Report of the Indian Hemp Drugs Commission, 1894-1895 - Volume I
Year: 1894
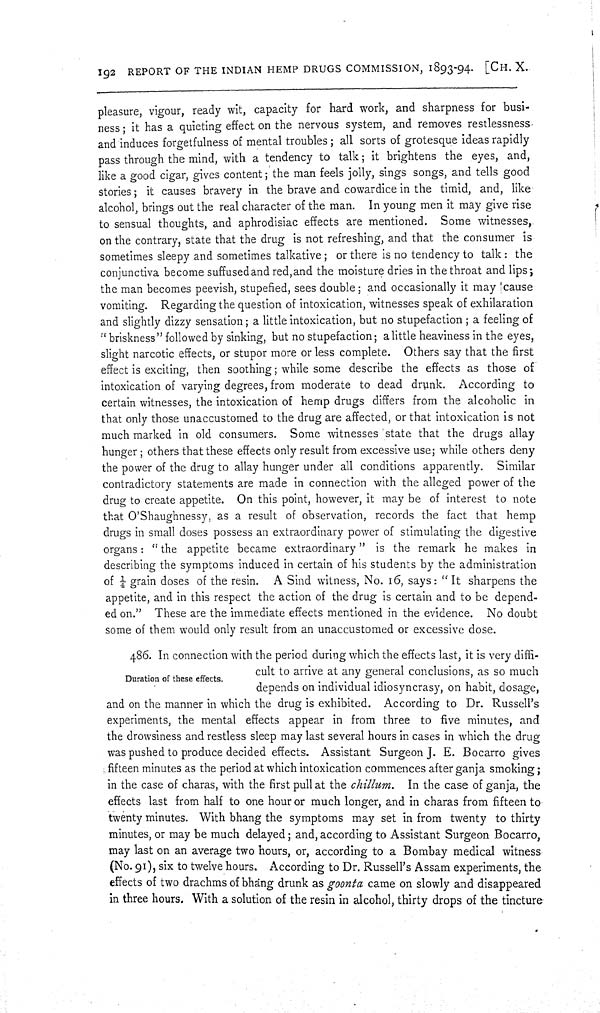
192 REPORT OF THE INDIAN HEMP DRUGS COMMISSION, 1893-94. [CH. X.
pleasure, vigour, ready wit, capacity for hard work, and sharpness for busi-
ness; it has a quieting effect on the nervous system, and removes restlessness
and induces forgetfulness of mental troubles; all sorts of grotesque ideas rapidly
pass through the mind, with a tendency to talk; it brightens the eyes, and,
like a good cigar, gives content; the man feels jolly, sings songs, and tells good
stories; it causes bravery in the brave and cowardice in the timid, and, like
alcohol, brings out the real character of the man. In young men it may give rise
to sensual thoughts, and aphrodisiac effects are mentioned. Some witnesses,
on the contrary, state that the drug is not refreshing, and that the consumer is
sometimes sleepy and sometimes talkative; or there is no tendency to talk: the
conjunctiva become suffused and red, and the moisture dries in the throat and lips;
the man becomes peevish, stupefied, sees double; and occasionally it may |cause
vomiting. Regarding the question of intoxication, witnesses speak of exhilaration
and slightly dizzy sensation; a little intoxication, but no stupefaction; a feeling of
"briskness" followed by sinking, but no stupefaction; a little heaviness in the eyes,
slight narcotic effects, or stupor more or less complete. Others say that the first
effect is exciting, then soothing; while some describe the effects as those of
intoxication of varying degrees, from moderate to dead drunk. According to
certain witnesses, the intoxication of hemp drugs differs from the alcoholic in
that only those unaccustomed to the drug are affected, or that intoxication is not
much marked in old consumers. Some witnesses state that the drugs allay
hunger; others that these effects only result from excessive use; while others deny
the power of the drug to allay hunger under all conditions apparently. Similar
contradictory statements are made in connection with the alleged power of the
drug to create appetite. On this point, however, it may be of interest to note
that O'Shaughnessy, as a result of observation, records the fact that hemp
drugs in small doses possess an extraordinary power of stimulating the digestive
organs: "the appetite became extraordinary" is the remark he makes in
describing the symptoms induced in certain of his students by the administration
of 1/4 grain doses of the resin. A Sind witness, No. 16, says: "It sharpens the
appetite, and in this respect the action of the drug is certain and to be depend-
ed on." These are the immediate effects mentioned in the evidence. No doubt
some of them would only result from an unaccustomed or excessive dose.
Duration of these effects.
486. In connection with the period during which the effects last, it is very diffi-
cult to arrive at any general conclusions, as so much
depends on individual idiosyncrasy, on habit, dosage,
and on the manner in which the drug is exhibited. According to Dr. Russell's
experiments, the mental effects appear in from three to five minutes, and
the drowsiness and restless sleep may last several hours in cases in which the drug
was pushed to produce decided effects. Assistant Surgeon J. E. Bocarro gives
fifteen minutes as the period at which intoxication commences after ganja smoking;
in the case of charas, with the first pull at the chillum. In the case of ganja, the
effects last from half to one hour or much longer, and in charas from fifteen to
twenty minutes. With bhang the symptoms may set in from twenty to thirty
minutes, or may be much delayed; and, according to Assistant Surgeon Bocarro,
may last on an average two hours, or, according to a Bombay medical witness
(No. 91), six to twelve hours. According to Dr. Russell's Assam experiments, the
effects of two drachms of bhang drunk as goonta came on slowly and disappeared
in three hours. With a solution of the resin in alcohol, thirty drops of the tincture